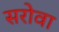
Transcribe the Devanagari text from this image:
सरोवा